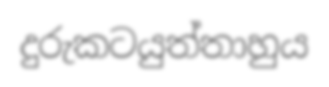
දුරුකටයුත්තාහුය